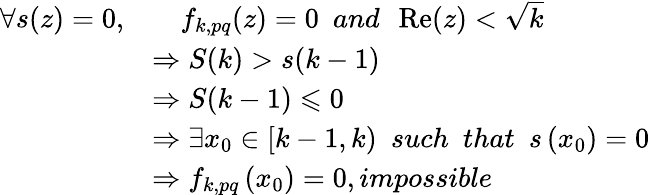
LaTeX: \begin{array}{rl}{\forall s(z)=0,}&{\quad f_{k,pq}(z)=0\ \ and\ \ \operatorname{Re}(z)<\sqrt{k}}\\ &{\Rightarrow S(k)>s(k-1)}\\ &{\Rightarrow S(k-1)\leqslant 0}\\ &{\Rightarrow\exists x_{0}\in[k-1,k)\ \ such\ \ that\ \ s\left(x_{0}\right)=0}\\ &{\Rightarrow f_{k,pq}\left(x_{0}\right)=0,impossible}\end{array}